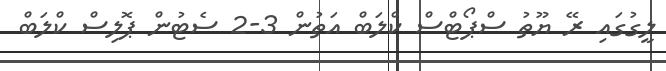
ލީގުގައި ރޭ ޔޫތު ސްޕޯޓްސް ކްލަބް އަތުން 3-2 ސެޓުން ޕޮލިސް ކްލަބް